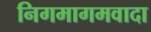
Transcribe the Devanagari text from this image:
निगमागमवादा